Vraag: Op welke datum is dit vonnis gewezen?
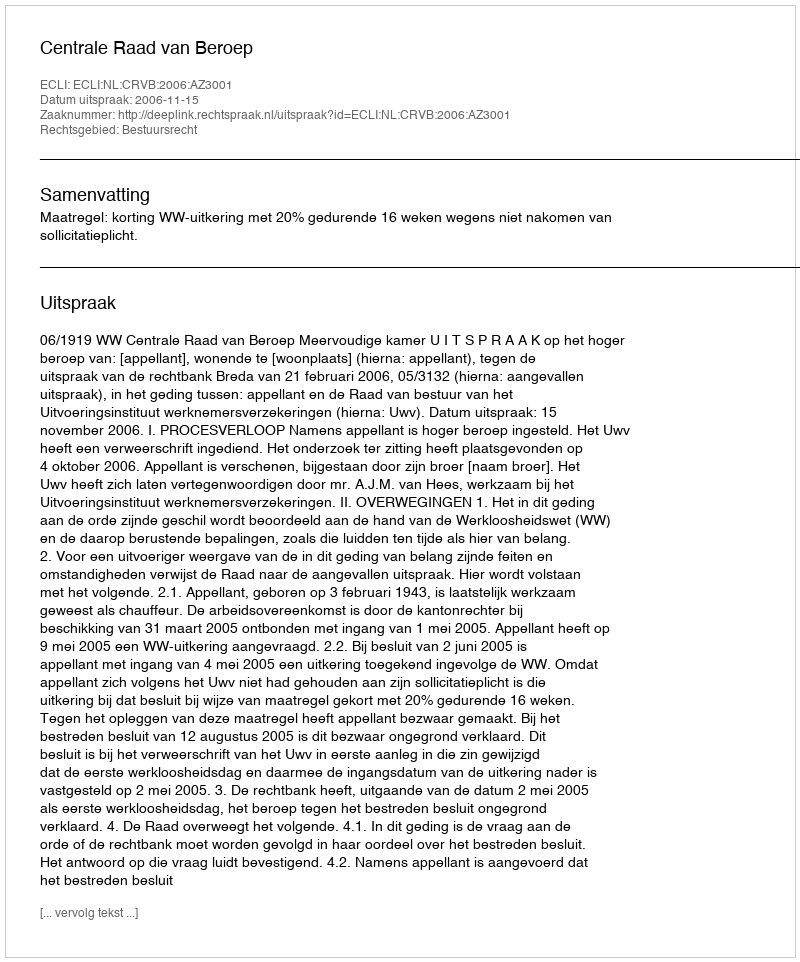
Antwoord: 2006-11-15